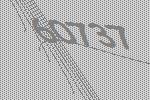
60737